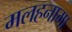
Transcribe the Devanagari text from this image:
मलहनामा